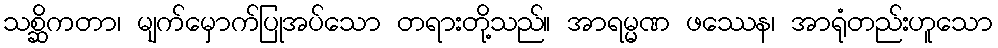
သစ္ဆိကတာ၊ မျက်မှောက်ပြုအပ်သော တရားတို့သည်။ အာရမ္မဏ ဖဿေန၊ အာရုံတည်းဟူသော